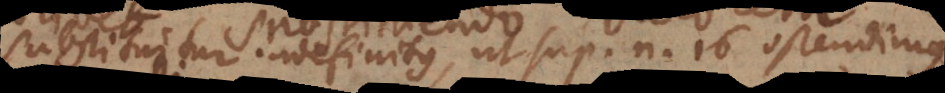
substituitur indefinitus, ut sup. n. 16 ostendimus